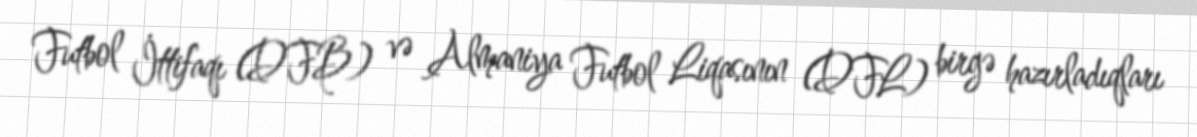
Futbol İttifaqı (DFB) və Almaniya Futbol Liqasının (DFL) birgə hazırladıqları